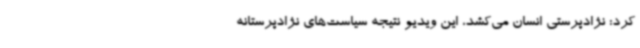
کرد: نژادپرستی انسان می‌کشد، این ویدیو نتیجه سیاست‌های نژادپرستانه